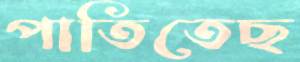
পাতিতেছ